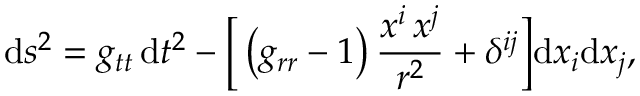
\mathrm { d } s ^ { 2 } = g _ { t t } \, \mathrm { d } t ^ { 2 } - \bigg [ \left( g _ { r r } - 1 \right) \frac { x ^ { i } \, x ^ { j } } { r ^ { 2 } } + \delta ^ { i j } \bigg ] \mathrm { d } x _ { i } \mathrm { d } x _ { j } ,